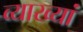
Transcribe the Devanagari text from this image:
व्याख्यां